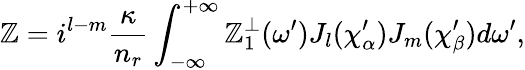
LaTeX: \mathbb{Z}=i^{l-m}\frac{{\kappa}}{{n_{r}}}\int_{-\infty}^{+\infty}\mathbb{Z}_{1}^{\perp}(\omega^{\prime})J_{l}(\chi_{\alpha}^{\prime})J_{m}(\chi_{\beta}^{\prime})d\omega^{\prime},